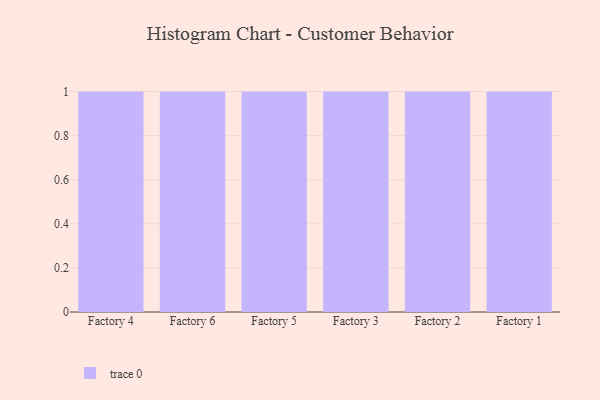
{"axis": {"x": "Factory", "y": "Humidity (%)"}, "legend": [""], "data": [{"x": "Factory 4", "y": 6, "type": ""}, {"x": "Factory 6", "y": 74, "type": ""}, {"x": "Factory 5", "y": 50, "type": ""}, {"x": "Factory 3", "y": 23, "type": ""}, {"x": "Factory 2", "y": 2, "type": ""}, {"x": "Factory 1", "y": 50, "type": ""}]}